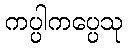
ကပ္ပါကပ္ပေသု